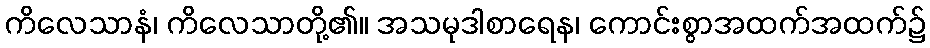
ကိလေသာနံ၊ ကိလေသာတို့၏။ အသမုဒါစာရေန၊ ကောင်းစွာအထက်အထက်၌